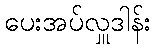
ပေးအပ်လှူဒါန်း